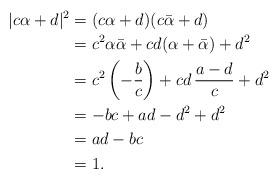
LaTeX: \begin{align*}|c\alpha + d|^2 &= (c\alpha + d)(c\bar{\alpha} + d) \\&= c^2 \alpha \bar{\alpha} + cd (\alpha + \bar{\alpha}) +d^2 \\&= c^2 \left(- \frac{b}{c} \right) + cd \,\frac{a-d}{c} + d^2 \\&= -bc + ad - d^2 + d^2 \\&= ad-bc \\&= 1 .\end{align*}